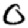
Digit: 0